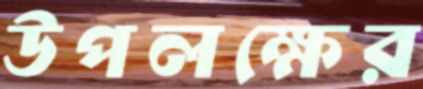
উপলক্ষের